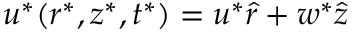
\boldsymbol { u } ^ { * } ( r ^ { * } , z ^ { * } , t ^ { * } ) = u ^ { * } \boldsymbol { \hat { r } } + w ^ { * } \boldsymbol { \hat { z } }